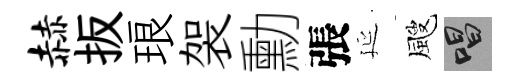
赫扳琅袈勳張延颼唱